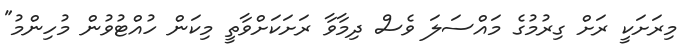
މިރަށަކީ ރަށް ގިރުމުގެ މައްސަލަ ވެސް ދިމާވާ ރަށަކަށްވާތީ މިކަން ހުއްޓުވުން މުހިންމު"